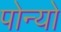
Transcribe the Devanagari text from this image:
पोन्यो